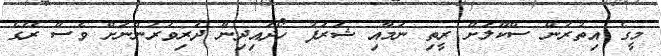
މީގެ އިތުރުން ސްކޫލަށް ރީތި ނަމާއި ޝަރަފު ހޯދައިދިން ދަރިވަރުންނަށް ވެސް ރޭގެ